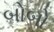
બોબો